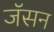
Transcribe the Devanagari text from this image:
जॅसन